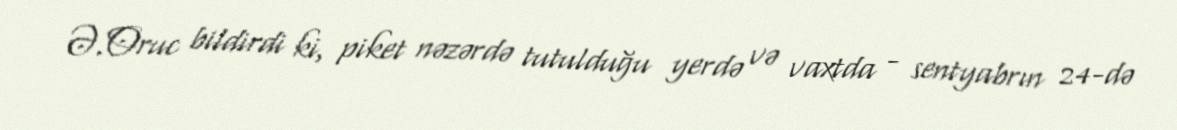
Ə.Oruc bildirdi ki, piket nəzərdə tutulduğu yerdə və vaxtda - sentyabrın 24-də